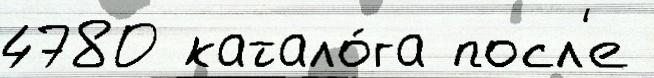
4780 катало́га посл'е